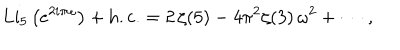
\mathrm { L i } _ { 5 } \left( e ^ { 2 i \pi \omega } \right) + \mathrm { h . c . } = 2 \, \zeta ( 5 ) - 4 \pi ^ { 2 } \zeta ( 3 ) \, \omega ^ { 2 } + \cdots \, ,